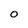
Character: O